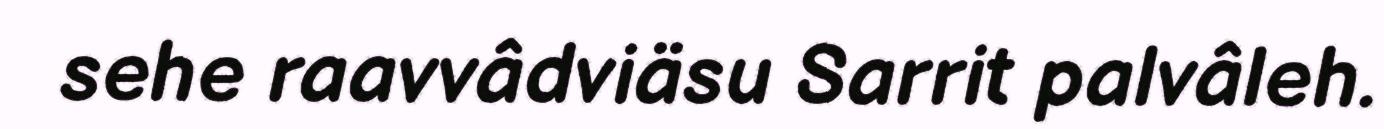
sehe raavvâdviäsu Sarrit palvâleh.